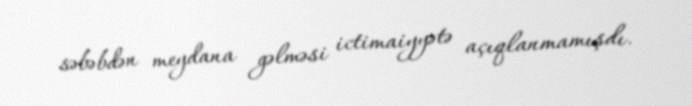
səbəbdən meydana gəlməsi ictimaiyyətə açıqlanmamışdı.